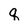
Character: q